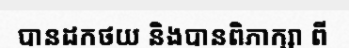
បានដកថយ និងបានពិភាក្សា ពី